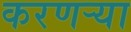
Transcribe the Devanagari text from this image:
करणर्‍या